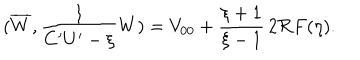
LaTeX: ( \overline { { { W } } } , \frac { 1 } { C ^ { \prime } U ^ { \prime } - \xi } W ) = V _ { 0 0 } + \frac { \xi + 1 } { \xi - 1 } \, 2 \Re F ( \eta ) .